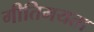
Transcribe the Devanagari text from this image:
गीतिमयता